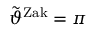
\tilde { \vartheta } ^ { \mathrm { Z a k } } = \pi